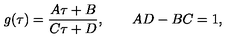
g ( \tau ) = \frac { A \tau + B } { C \tau + D } , \qquad A D - B C = 1 ,